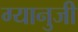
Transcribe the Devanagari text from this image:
ग्यानुजी